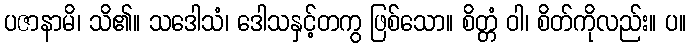
ပဇာနာမိ၊ သိ၏။ သဒေါသံ၊ ဒေါသနှင့်တကွ ဖြစ်သော။ စိတ္တံ ဝါ၊ စိတ်ကိုလည်း။ ပ။